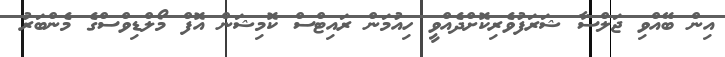
އިން ބޭއްވި ޖަލްސާ ޝަރަފުވެރިކޮށްދެއްވީ ހިއުމަން ރައިޓްސް ކޮމިޝަން އޮފް މޯލްޑިވްސްގެ މެންބަރު